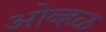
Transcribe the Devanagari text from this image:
ओव्हळ